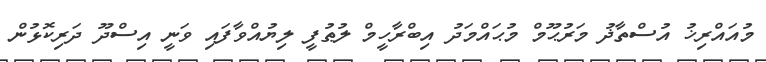
މުއައްރިޚު އުސްތާޛު މަރުޙޫމް މުޙައްމަދު އިބްރާހީމް ލުޠުފީ ލިޔުއްވާފައި ވަނީ އިސްދޫ ދަރިކޮޅުން